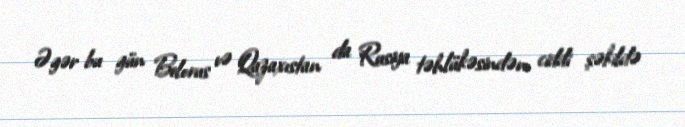
Əgər bu gün Belorus və Qazaxıstan da Rusiya təhlükəsindən ciddi şəkildə